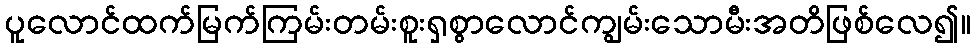
ပူလောင်ထက်မြက်ကြမ်းတမ်းစူးရှစွာလောင်ကျွမ်းသောမီးအတိဖြစ်လေ၍။